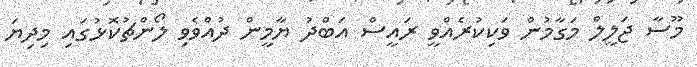
މޫސާ ޖަލީލް މަގާމުން ވަކިކުރެއްވީ ރައީސް އަބްދު ޔާމީން ދުއްވެވި ލޯންޗުކޮޅުގައި މިދިޔަ